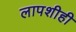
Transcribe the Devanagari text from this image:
लापशीही